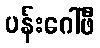
ပန်းဂေါ်ဖီ